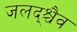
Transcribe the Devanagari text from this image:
जलद्श्चैव